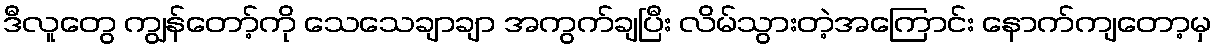
ဒီလူတွေ ကျွန်တော့်ကို သေသေချာချာ အကွက်ချပြီး လိမ်သွားတဲ့အကြောင်း နောက်ကျတော့မှ